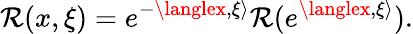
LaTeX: \mathcal{R}(x,\xi)=e^{-{\langlex,\xi\rangle}}\mathcal{R}(e^{\langlex,\xi\rangle}).